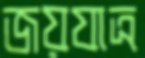
জয়যাত্র